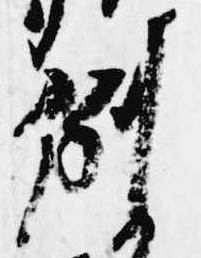
例